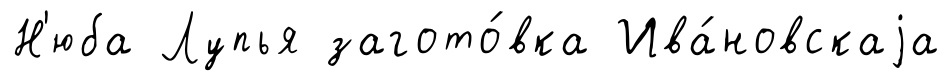
Н'юба Лупья загото́вка Ива́новскаjа